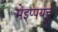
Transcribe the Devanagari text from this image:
मेइप्पयत्तु